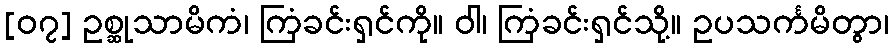
[၀၇] ဥစ္ဆုသာမိကံ၊ ကြံခင်းရှင်ကို။ ဝါ၊ ကြံခင်းရှင်သို့။ ဥပသင်္ကမိတွာ၊